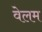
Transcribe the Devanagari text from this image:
वेलम